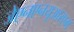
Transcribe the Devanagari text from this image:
जेएनएनयूआरएम